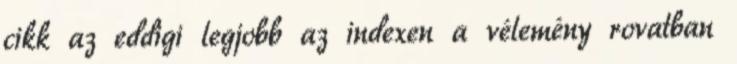
cikk az eddigi legjobb az indexen a vélemény rovatban